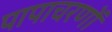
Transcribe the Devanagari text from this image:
पापाचरणों